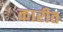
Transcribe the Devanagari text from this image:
कारीत